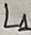
Text: L1